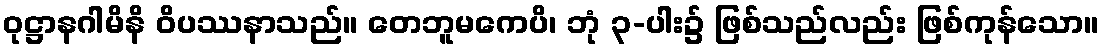
ဝုဋ္ဌာနဂါမိနိ ဝိပဿနာသည်။ တေဘူမကေပိ၊ ဘုံ ၃-ပါး၌ ဖြစ်သည်လည်း ဖြစ်ကုန်သော။